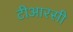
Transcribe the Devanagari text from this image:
टीआरसी